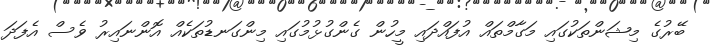
ބޭރުގެ މިޝަންތަކުގައި މަގާމްތައް އުފައްދައި މީހުން ގެންގުޅުމުގައި މިންގަނޑުތަކެއް އޮންނައިރު ވެސް އެފަދަ